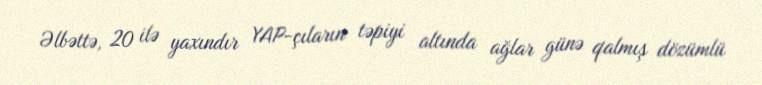
Əlbəttə, 20 ilə yaxındır YAP-çıların təpiyi altında ağlar günə qalmış dözümlü